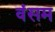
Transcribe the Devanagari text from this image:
वंसम